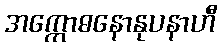
အက္ကောဓနောနုပနာဟီ